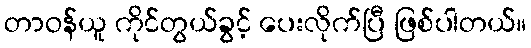
တာဝန်ယူ ကိုင်တွယ်ခွင့် ပေးလိုက်ပြီ ဖြစ်ပါတယ်။